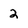
Character: 2